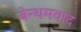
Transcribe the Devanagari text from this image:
बेन्थमवाद